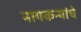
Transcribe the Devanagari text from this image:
नागकन्यांचे